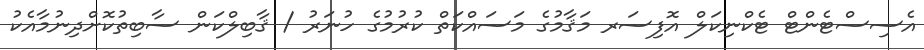
އެސިސްޓެންޓް ޓެކްނިކަލް އޮފިސަރ މަޤާމުގެ މަސައްކަތް ކުރުމުގެ ހުނަރު / ޤާބިލްކަން ސާބިތުކޮށްދިނުމާއެކު